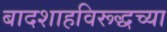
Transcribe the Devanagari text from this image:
बादशाहविरूद्धच्या